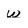
Character: w